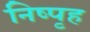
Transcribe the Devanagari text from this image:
निष्पृह